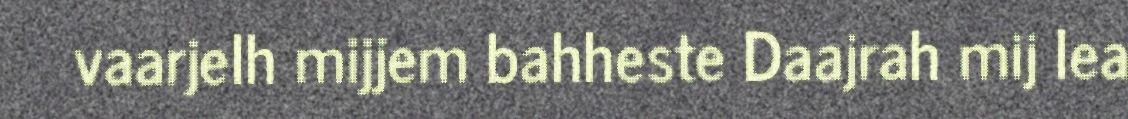
vaarjelh mijjem bahheste Daajrah mij lea